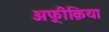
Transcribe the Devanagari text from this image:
अफ़्रीक़िया